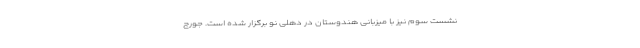
نشست سوم نیز با میزبانی هندوستان در دهلی نو برگزار شده است. جورج